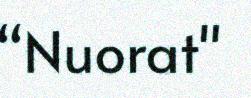
“Nuorat"